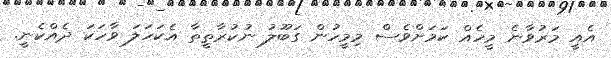
އެއީ މަރުވާނެ މީހެއް ކަމަށްވެސް މިމީހުން ގަބޫލު ނުކުރާތީތާ އެކަހަލަ ވާހަކަ ދެއްކެނީ.